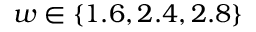
w \in \{ 1 . 6 , 2 . 4 , 2 . 8 \}